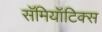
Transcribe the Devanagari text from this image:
सॅमियॉटिक्स